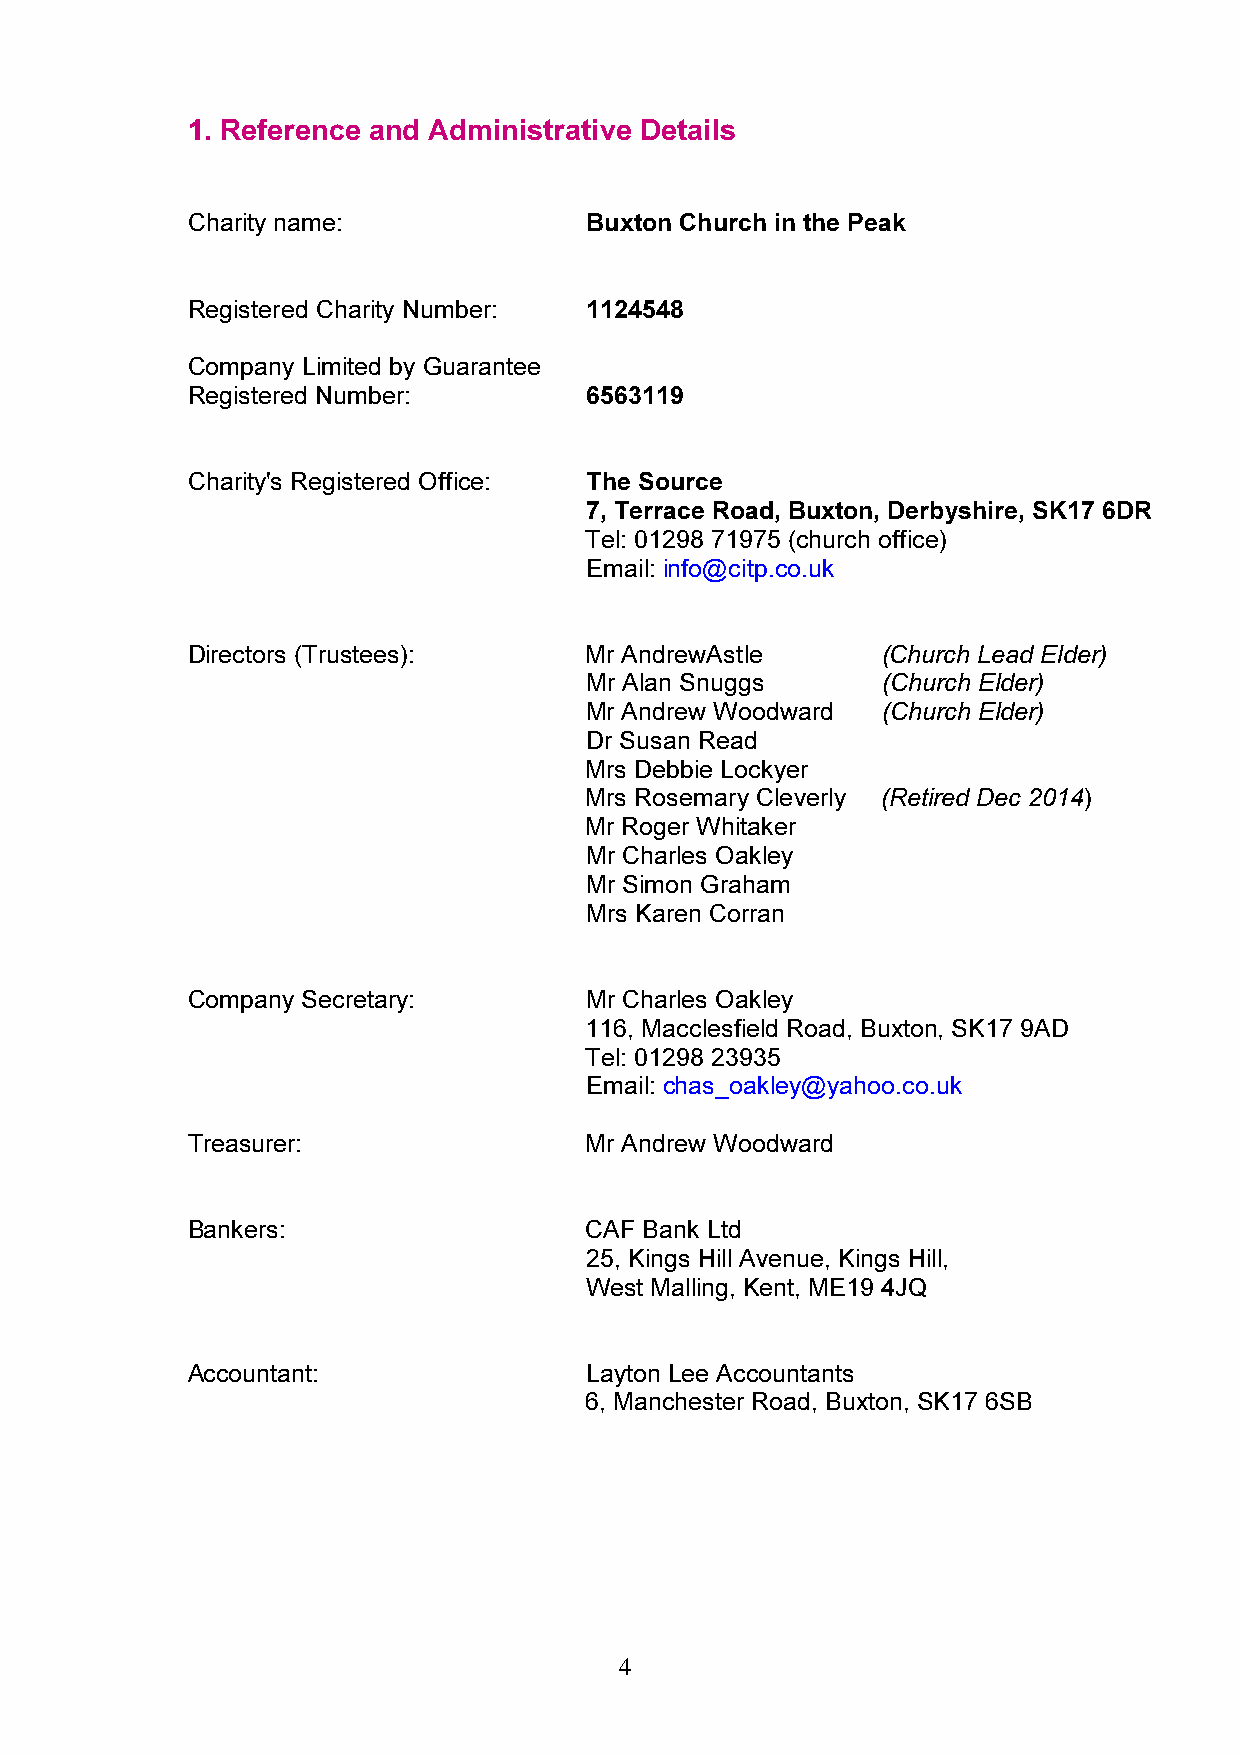
1. Reference and Administrative Details
 Charity name:              Buxton Church in the Peak
 Registered Charity Number: 1124548
 Company Limited by Guarantee
 Registered Number:         6563119
 Charity's Registered Office: The Source
 7, Terrace Road, Buxton, Derbyshire, SK17 6DR
 Tel: 01298 71975 (church office)
 Email: info@citp.co.uk
 Directors (Trustees):      Mr AndrewAstle     (Church Lead Elder)
 Mr Alan Snuggs     (Church Elder)
 Mr Andrew Woodward (Church Elder)
 Dr Susan Read
 Mrs Debbie Lockyer
 Mrs Rosemary Cleverly (Retired Dec 2014)
 Mr Roger Whitaker
 Mr Charles Oakley
 Mr Simon Graham
 Mrs Karen Corran
 Company Secretary:         Mr Charles Oakley
 116, Macclesfield Road, Buxton, SK17 9AD
 Tel: 01298 23935
 Email: chas_oakley@yahoo.co.uk
 Treasurer:                 Mr Andrew Woodward
 Bankers:                   CAF Bank Ltd
 25, Kings Hill Avenue, Kings Hill,
 West Malling, Kent, ME19 4JQ
 Accountant:                Layton Lee Accountants
 6, Manchester Road, Buxton, SK17 6SB
 4